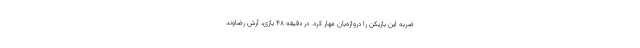
ضربه این بازیکن را دروازه‌بان مهار کرد. در دقیقه ۴۸ بازی، آرش رضاوند